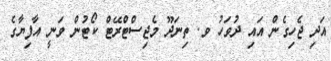
އަދި ޖެހިގެން އައި ދުވަހު ވ. ތިނަދޫ މެޖިސްޓްރޭޓް ކޯޓުން ވަނީ އާފިޔާގެ